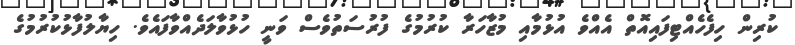
ކުރިން ހިފެހެއްޓިފައިއޮތް އެއްވެ އުޅުމާއި މުޒާހަރާ ކުރުމުގެ ފުރުސަތުވެސް ވަނީ ހުޅުވާލަދެއްވާފައެވެ. ހިޔާލުފާޅުކުރުމުގެ